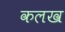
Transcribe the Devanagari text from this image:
कलख